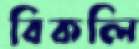
বিকলি